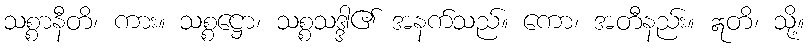
သစ္စာနီတိ၊ ကား။ သစ္စဋ္ဌော၊ သစ္စသဒ္ဒါ၏ အနက်သည်။ ကော၊ အတီနည်း။ ဣတိ၊ သို့။